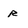
Character: r